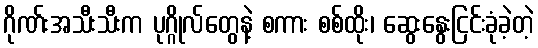
ဂိုဏ်းအသီးသီးက ပုဂ္ဂိုလ်တွေနဲ့ စကား စစ်ထိုး၊ ဆွေးနွေးငြင်းခုံခဲ့တဲ့